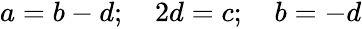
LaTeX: \begin{array}{r}{a=b-d;\quad 2d=c;\quad b=-d}\end{array}